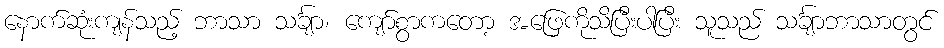
နောက်ဆုံးကျန်သည့် ဘာသာ သင်္ချာ၊ ကျော်စွာကတော့ အဖြေကိုသိပြီးပါပြီး သူသည် သင်္ချာဘာသာတွင်